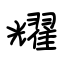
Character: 耀